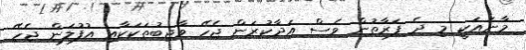
މާނައަކީ މި ދެ ފަރާތުން ވެސް އަދާކުރަން ޖެހޭ ވާޖިބުތަކަކާއި އުފުލަން ޖެހޭ